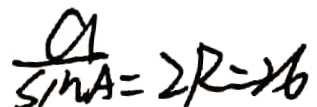
\frac { a } { \sin A } = 2 R = 2 6